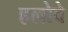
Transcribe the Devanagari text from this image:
हलोवे